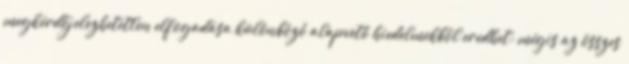
megkérdőjelezhetetlen elfogadása különböző alapvető hiedelmekből eredhet; mégis az összes